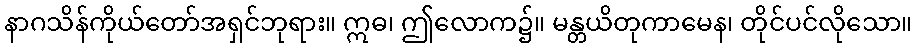
နာဂသိန်ကိုယ်တော်အရှင်ဘုရား။ ဣဓ၊ ဤလောက၌။ မန္တယိတုကာမေန၊ တိုင်ပင်လိုသော။